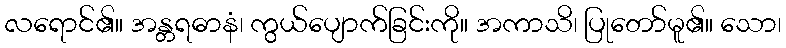
လရောင်၏။ အန္တရဓာနံ၊ ကွယ်ပျောက်ခြင်းကို။ အကာသိ၊ ပြုတော်မူ၏။ သော၊